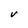
Character: V